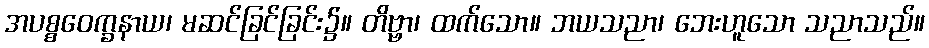
အပစ္စဝေက္ခနာယ၊ မဆင်ခြင်ခြင်း၌။ တိဗ္ဗာ၊ ထက်သော။ ဘယသညာ၊ ဘေးဟူသော သညာသည်။